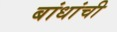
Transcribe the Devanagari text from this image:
बांधांची